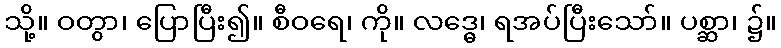
သို့။ ဝတွာ၊ ပြောပြီး၍။ စီဝရေ၊ ကို။ လဒ္ဓေ၊ ရအပ်ပြီးသော်။ ပစ္ဆာ၊ ၌။